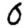
Digit: 0